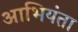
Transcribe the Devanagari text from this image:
आभियंता